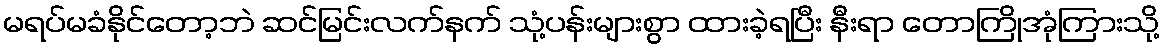
မရပ်မခံနိုင်တော့ဘဲ ဆင်မြင်းလက်နက် သုံ့ပန်းများစွာ ထားခဲ့ရပြီး နီးရာ တောကြိုအုံကြားသို့